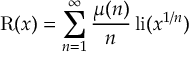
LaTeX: \operatorname { R } ( x ) = \sum _ { n = 1 } ^ { \infty } { \frac { \mu ( n ) } { n } } \operatorname { l i } ( x ^ { 1 / n } )